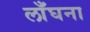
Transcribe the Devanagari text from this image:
लाँघना